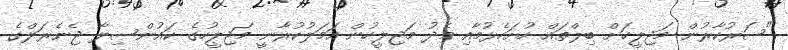
"ސަރުކާރުން މަޖިލީހަށް ބިލްތައް ހުށަހެޅުމާއި މެދު މަޖިލީހުން އަމަލުކުރާނީ މަޖިލީހުގެ ކައުންސިލާ ޖެނެރަލްގެ